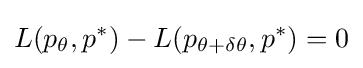
L(p_{\theta },p^{*})-L(p_{\theta +\delta \theta },p^{*})=0